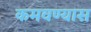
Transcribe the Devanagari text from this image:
कमवण्यास